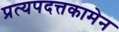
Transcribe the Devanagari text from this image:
प्रत्यपदत्तकामेन